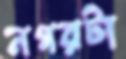
নগরটা